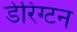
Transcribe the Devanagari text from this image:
डेरिंग्टन